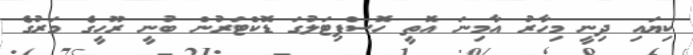
ކިޔައި ދިނީ މިހާރު އާމިނަ އޮތީ ހޮސްޕިޓަލުގަ ޑޮކްޓަރުން ބުނީ ރޫހީގެ މަރުގެ